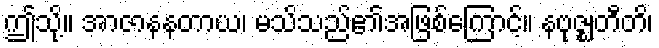
ဤသို့။ အာဇာနနတာယ၊ မသိသည်၏အဖြစ်ကြောင့်။ နဗုဇ္ဈတီတိ၊